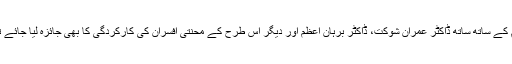
میری گزارش ہو گی کہ چولستان کی ٹیم کے ساتھ ساتھ ڈاکٹر عمران شوکت، ڈاکٹر برہانِ اعظم اور دیگر اس طرح کے محنتی افسران کی کارکردگی کا بھی جائزہ لیا جائے تاکہ ان کی بھی حوصلہ افزائی ہوسکے ۔